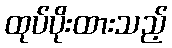
ထုပ်ပိုးထားသည့်